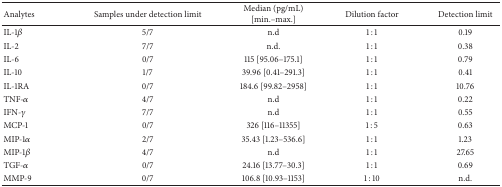
| Analytes | Samples under detection limit | Median (pg/mL) [min.–max.] | Dilution factor | Detection limit |
 | --- | --- | --- | --- | --- |
 | IL-1β | 5/7 | n.d | 1 : 1 | 0.19 |
 | IL-2 | 7/7 | n.d. | 1 : 1 | 0.38 |
 | IL-6 | 0/7 | 115 [95.06–175.1] | 1 : 1 | 0.79 |
 | IL-10 | 1/7 | 39.96 [0.41–291.3] | 1 : 1 | 0.41 |
 | IL-1RA | 0/7 | 184.6 [99.82–2958] | 1 : 1 | 10.76 |
 | TNF-α | 4/7 | n.d | 1 : 1 | 0.22 |
 | IFN-γ | 7/7 | n.d | 1 : 1 | 0.55 |
 | MCP-1 | 0/7 | 326 [116–11355] | 1 : 5 | 0.63 |
 | MIP-1α | 2/7 | 35.43 [1.23–536.6] | 1 : 1 | 1.23 |
 | MIP-1β | 4/7 | n.d | 1 : 1 | 27.65 |
 | TGF-α | 0/7 | 24.16 [13.77–30.3] | 1 : 1 | 0.69 |
 | MMP-9 | 0/7 | 106.8 [10.93–1153] | 1 : 10 | n.d. |